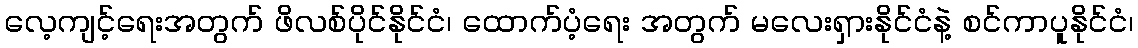
လေ့ကျင့်ရေးအတွက် ဖိလစ်ပိုင်နိုင်ငံ၊ ထောက်ပံ့ရေး အတွက် မလေးရှားနိုင်ငံနဲ့ စင်ကာပူနိုင်ငံ၊